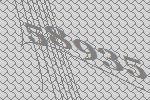
58935